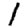
Digit: 1